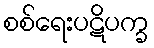
စစ်ရေးပဋိပက္ခ